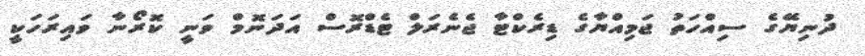
ދުނިޔޭގެ ސިއްހަތު ޖަމިއްޔާގެ ޑިރެކްޓާ ޖެނެރަލް ޓެޑްރޮސް އަދަނޮމް ވަނީ ކޮރޯނާ ވައިރަހަކީ